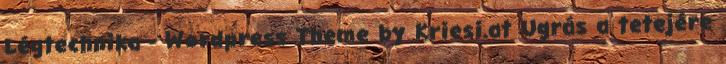
Légtechnika - Wordpress Theme by Kriesi.at Ugrás a tetejére